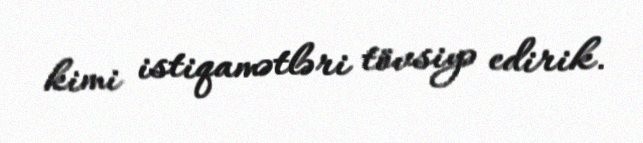
kimi istiqamətləri tövsiyə edirik.